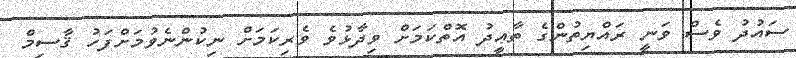
ސައުދު ވެސް ވަނީ ރައްޔިތުންގެ ތާޢީދު އޮތްކަމަށް ވިދާޅުވެ ވެރިކަމަށް ނިކުންނެވުމަށްފަހު ޤާސިމް